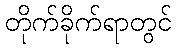
တိုက်ခိုက်ရာတွင်